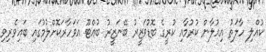
ކުއްލި ހާލަތު އިއުލާން ކުރުމާއި ކުރީގެ ބޮޑުވަޒީރު ބޭނަޒީރު ބުއްޓޫ އަވަހާރަކޮށްލުމުގައި ބައިވެރިވި